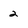
Character: 2